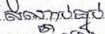
សណ្តាប់ធ្នាប់